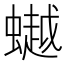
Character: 𧑅